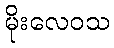
မိုးလေဝသ